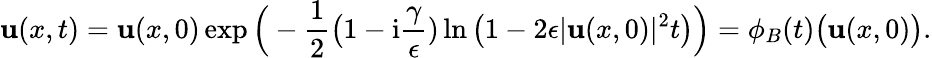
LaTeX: \mathbf{u}(x,t)=\mathbf{u}(x,0)\exp\Big(-\frac{{1}}{{2}}\big(1-\mathrm{{i}}\frac{{\gamma}}{{\epsilon}})\ln\big(1-2\epsilon\lvert\mathbf{u}(x,0)\rvert^{2}t\big)\Big)=\phi_{B}(t)\big(\mathbf{u}(x,0)\big).